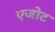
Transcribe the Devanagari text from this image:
एजोट